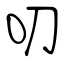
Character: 叨